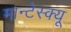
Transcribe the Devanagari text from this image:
मान्टेस्क्यू